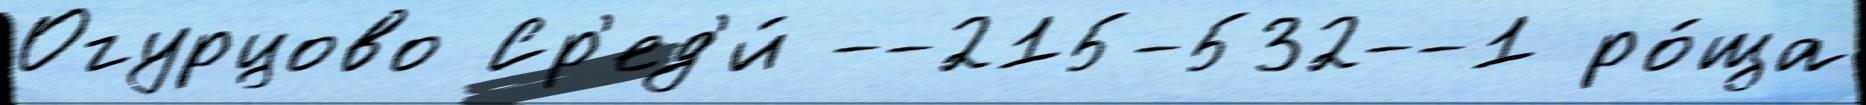
Огурцово Ср'ед'и́ --215-532--1 ро́ща